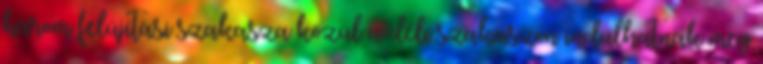
három felújítási szakasza közül a déli szakaszon indulhatnak meg